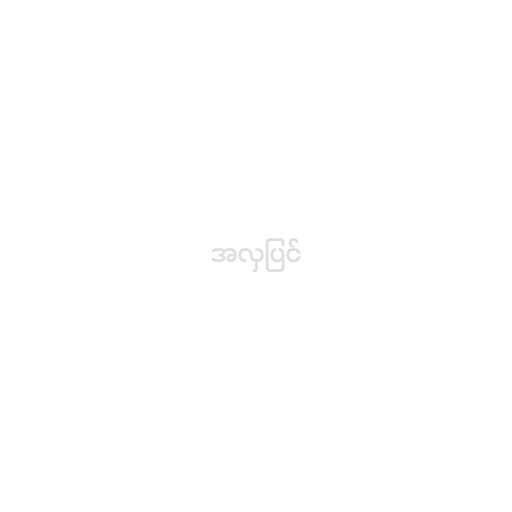
အလှပြင်